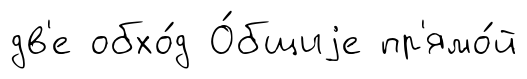
дв'е обхо́д О́бщиjе пр'ямо́й